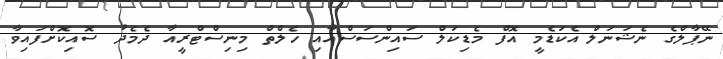
ނޭޕާލްގެ ނެޝަނަލް އެކަޑެމީ އޮފް މެޑިކަލް ސައިންސަސްއާއި ހެލްތް މިނިސްޓްރީއާ ދެމެދު ސޮއިކޮށްފައިވާ